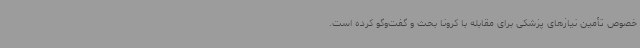
خصوص تأمین نیازهای پزشکی برای مقابله با کرونا بحث و گفت‌وگو کرده است.